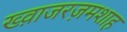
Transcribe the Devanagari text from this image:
ख्व़ाजरज़मशाह